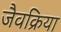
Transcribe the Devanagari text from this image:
जैवक्रिया